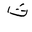
Letter: _tha